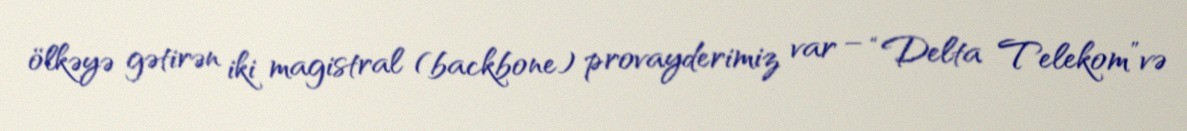
ölkəyə gətirən iki magistral (backbone) provayderimiz var – “Delta Telekom”və